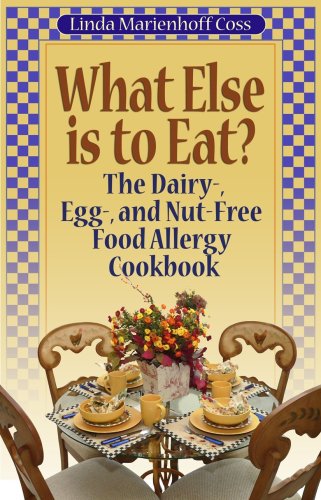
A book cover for What Else is to Eat? The Dairy-, Egg-, and Nut-Free Food Allergy Cookbook; Linda Marienhoff Coss; Health, Fitness & Dieting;